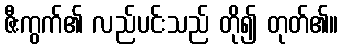
ဇီးကွက်၏ လည်ပင်းသည် တို၍ တုတ်၏။